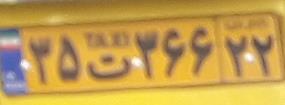
۳۵ت۳۶۶۲۲